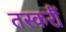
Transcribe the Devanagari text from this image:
तस्करौं